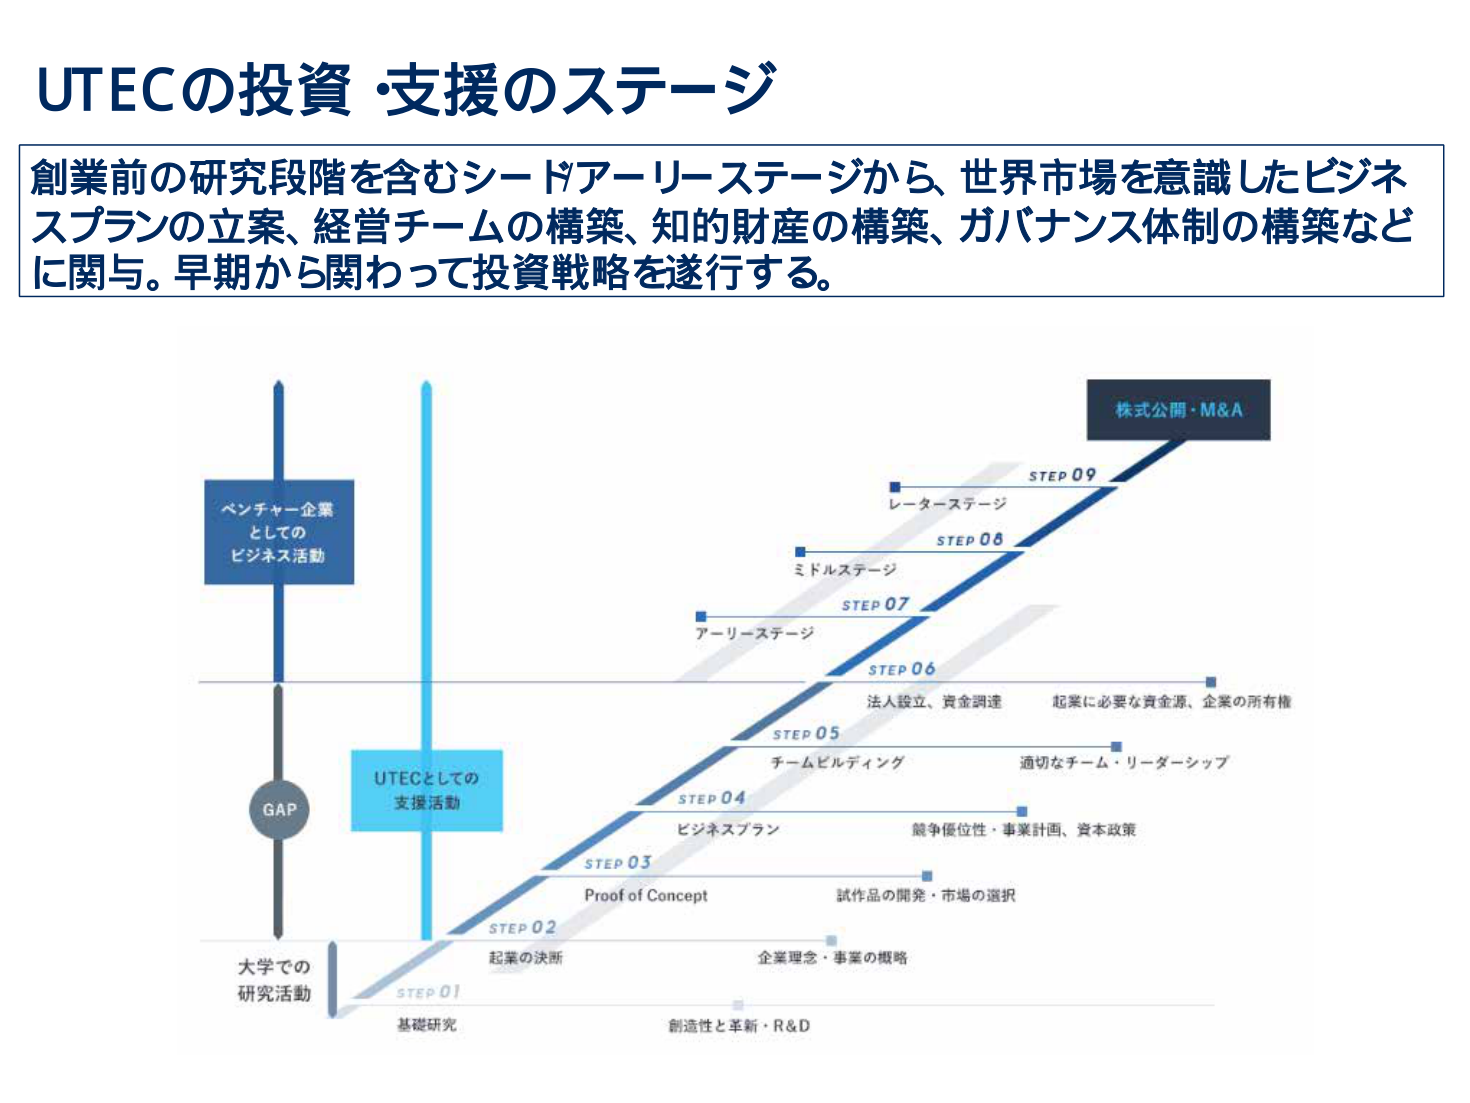
UTECの投資・支援のステージ

創業前の研究段階を含むシードアーリーステージから、世界市場を意識したビジネスプランの立案、経営チームの構築、知的財産の構築、ガバナンス体制の構築などに関与。早期から関わって投資戦略を遂行する。

ベンチャー企業
としての
ビジネス活動

GAP

大学での
研究活動

UTECとしての
支援活動

STEP 01
基礎研究
創造性と革新・R&D

STEP 02
起業の決断
企業理念・事業の概略

STEP 03
Proof of Concept
試作品の開発・市場の選択

STEP 04
ビジネスプラン
競争優位性・事業計画、資本政策

STEP 05
チームビルディング
適切なチーム・リーダーシップ

STEP 06
法人設立、資金調達
起業に必要な資金源、企業の所有権

STEP 07
アーリーステージ

STEP 08
ミドルステージ

STEP 09
レーターステージ

株式公開・M&A